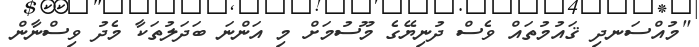
"މުއްސަނދި ޤައުމުތައް ވެސް ދުނިޔޭގެ މޫސުމަށް މި އަންނަ ބަދަލުތަކާ މެދު ވިސްނާން